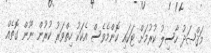
މަޤްޞަދު ހާސިލު ކުރުމަށް ޓަކައި ކޮންމެވެސް އެކަކު ހިތްވަރު ކުރުން ނޫން ގޮތެއް